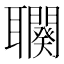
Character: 𦘍